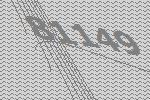
81149